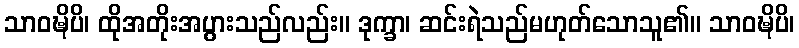
သာဝဍ္ဎိပိ၊ ထိုအတိုးအပွားသည်လည်း။ ဒုက္ခာ၊ ဆင်းရဲသည်မဟုတ်သောသူ၏။ သာဝဍ္ဎိပိ၊